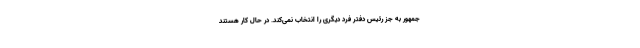
جمهور به جز رئیس دفتر فرد دیگری را انتخاب نمی‌کند. در حال کار هستند